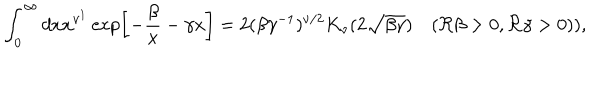
LaTeX: \int _ { 0 } ^ { \infty } d x x ^ { \nu ^ { 1 } } \exp \left[ - { \frac { \beta } { x } } - \gamma x \right] = 2 ( \beta \gamma ^ { - 1 } ) ^ { \nu / 2 } K _ { \nu } ( 2 \sqrt { \beta \gamma } ) \quad ( \Re \beta > 0 , \Re \gamma > 0 ) ) ,